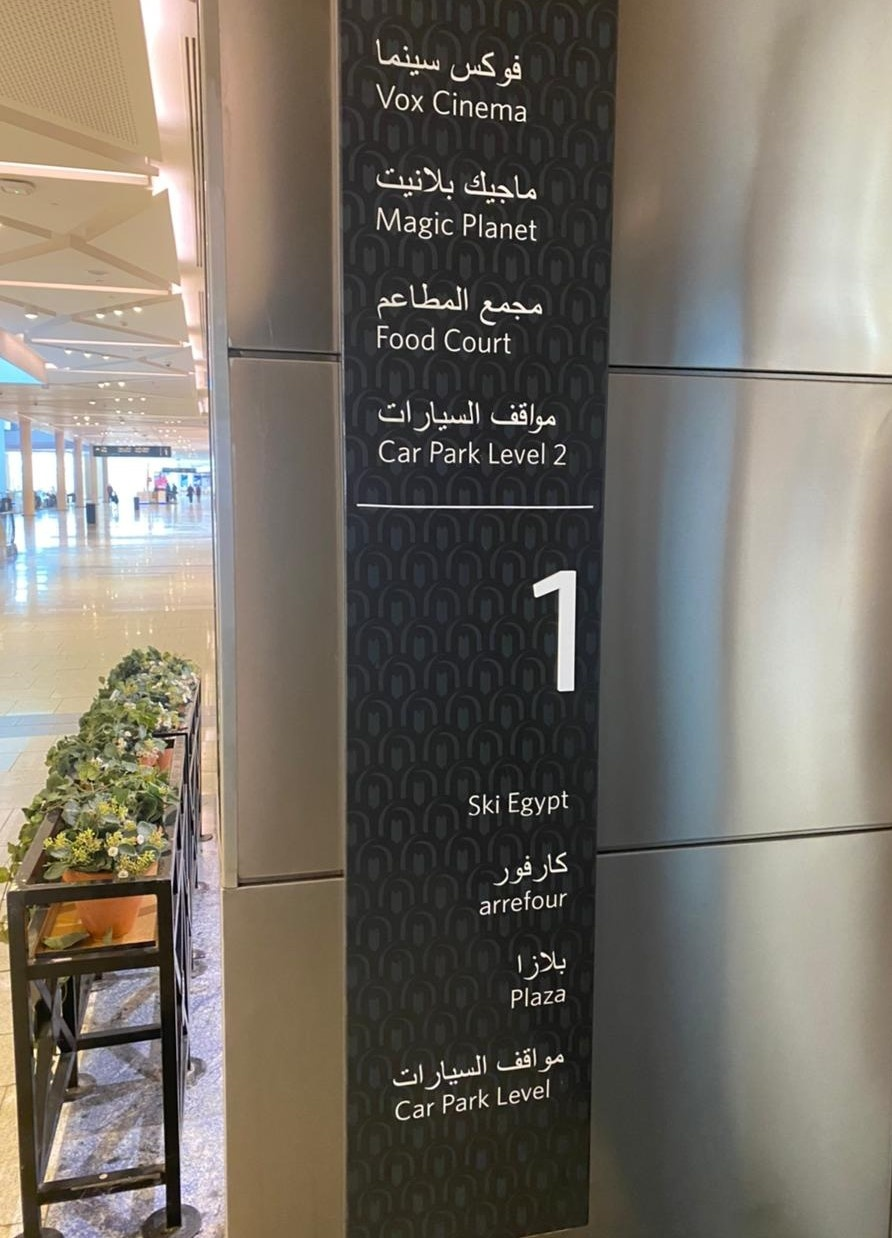
Text in image: سينما فوكس بلانيت ماجيك المطاعم مجمع السيارات مواقف كارفور بلازا مواقف السيارات Vox Cinema Magic Planet Food Court Car Park Level 2 1 Egypt Ski arrefour Plaza Level Park Car